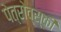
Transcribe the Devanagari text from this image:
पेत्रोव्स्की